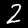
Digit: 2